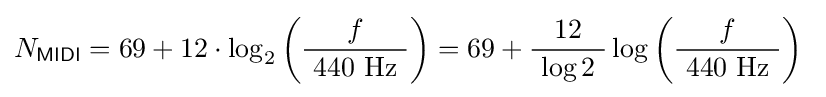
N_{\mathsf {MIDI}}=69+12\cdot \log _{2}\left({\frac {f}{\ 440\ \mathrm {Hz} \ }}\right)=69+{\frac {12}{\ \log 2\ }}\log \left({\frac {f}{\ 440\ \mathrm {Hz} \ }}\right)\